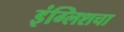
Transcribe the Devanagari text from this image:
इंग्लिशचा